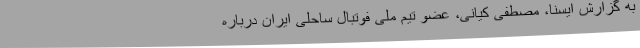
به گزارش ایسنا، مصطفی کیانی، عضو تیم ملی فوتبال ساحلی ایران درباره